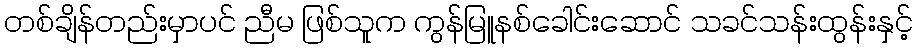
တစ်ချိန်တည်းမှာပင် ညီမ ဖြစ်သူက ကွန်မြူနစ်ခေါင်းဆောင် သခင်သန်းထွန်းနှင့်